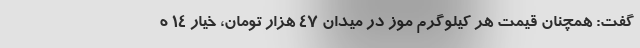
گفت: همچنان قیمت هر کیلوگرم موز در میدان ۴۷ هزار تومان، خیار ۱۴ ه